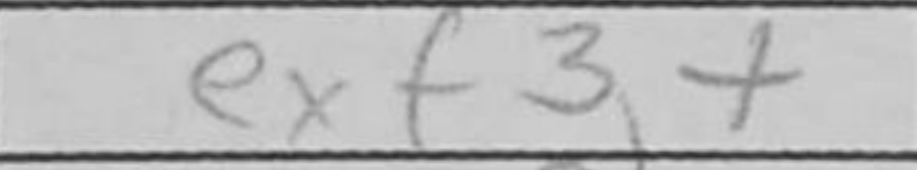
Transcription: exf3+